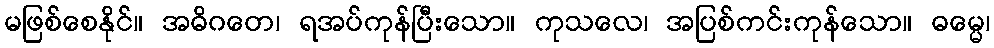
မဖြစ်စေနိုင်။ အဓိဂတေ၊ ရအပ်ကုန်ပြီးသော။ ကုသလေ၊ အပြစ်ကင်းကုန်သော။ ဓမ္မေ၊